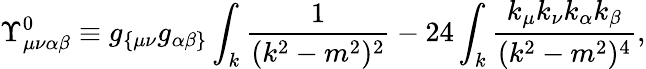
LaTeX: \Upsilon_{\mu\nu\alpha\beta}^{0}\equiv g_{\{ \mu\nu}g_{\alpha\beta\} }\int_{k}\frac{1}{(k^{2}-m^{2})^{2}}-24\int_{k}\frac{k_{\mu}k_{\nu}k_{\alpha}k_{\beta}}{(k^{2}-m^{2})^{4}},